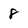
Character: 8